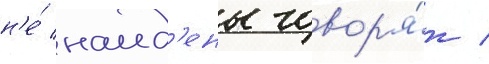
н'е́ наид'ены говор'я́т /